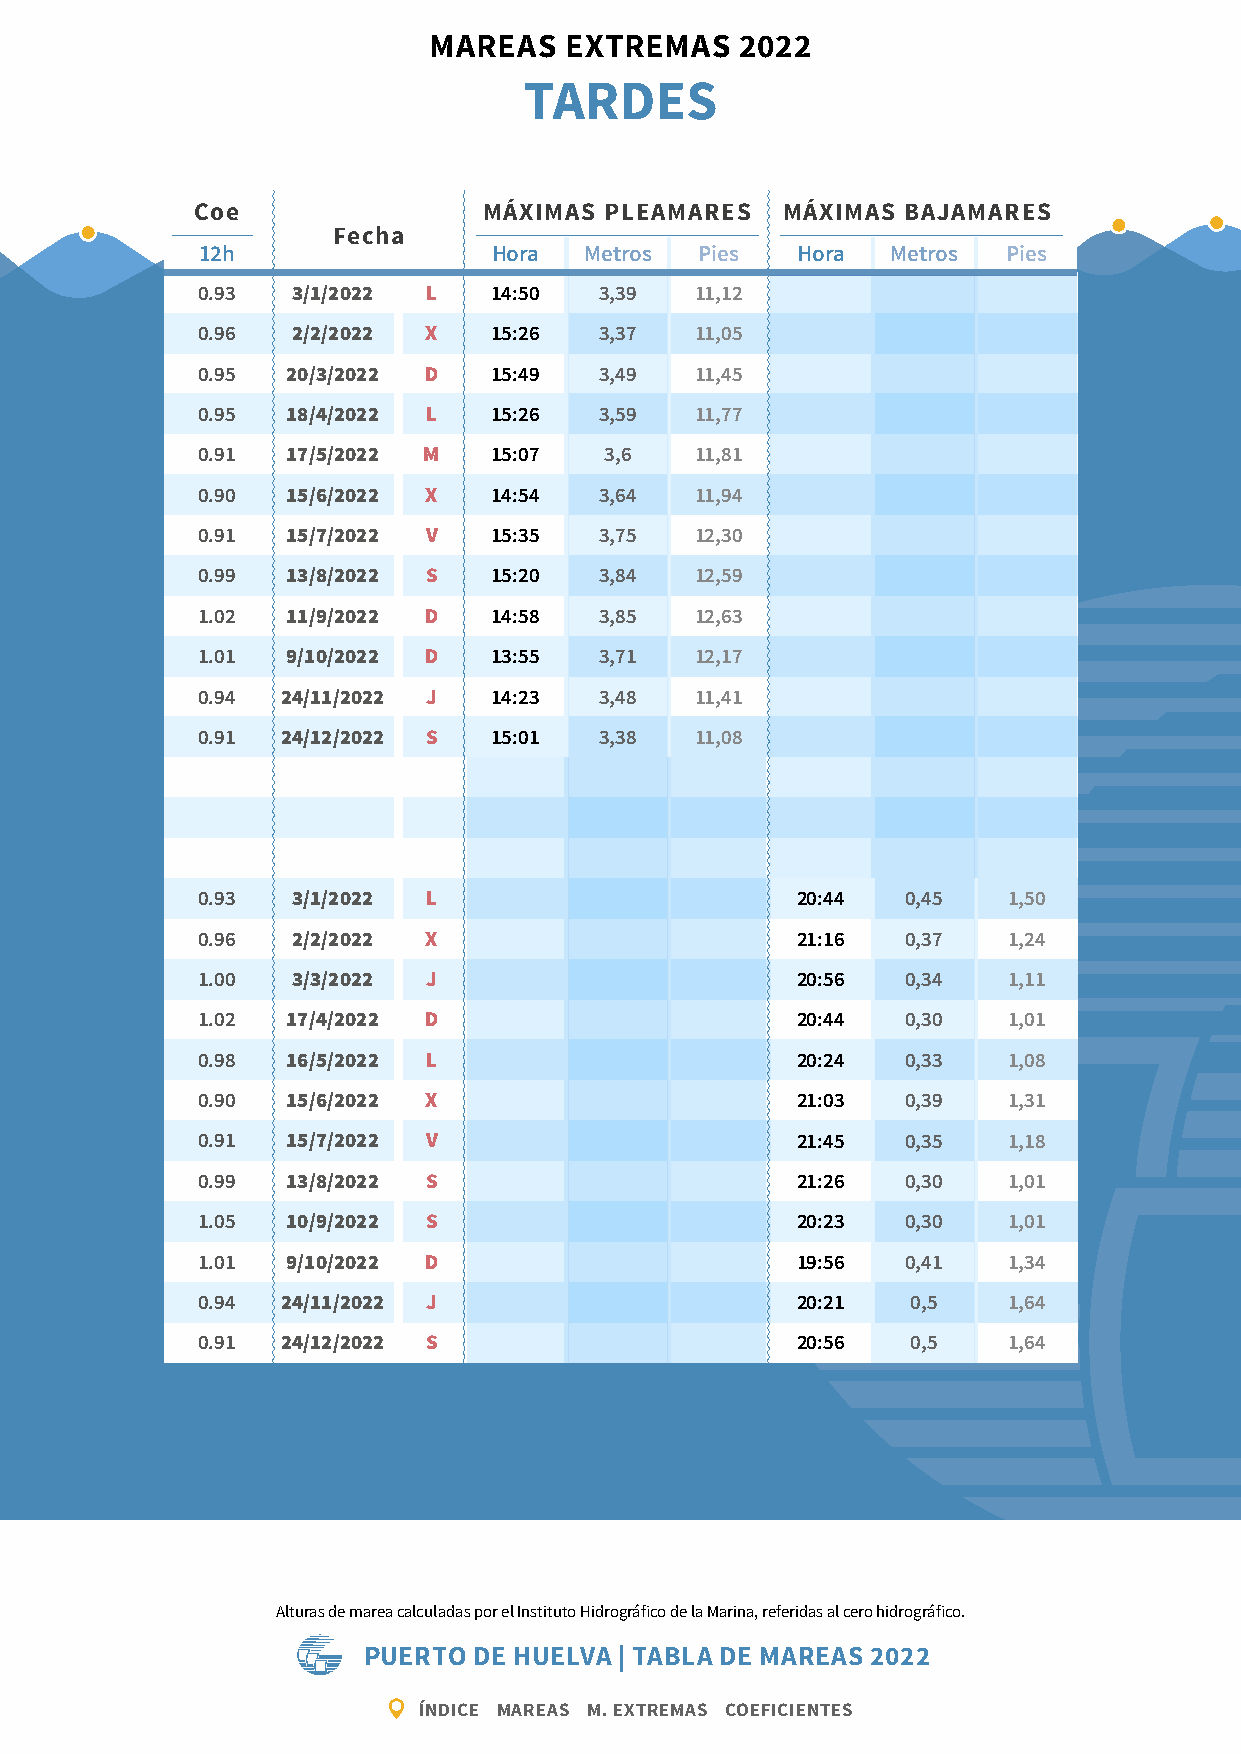
MAREAS   EXTREMAS    2022
 TARDES
 Coe                MÁXIMAS PLEAMARES   MÁXIMAS BAJAMARES
 Fecha
 12h                 Hora  Metros Pies   Hora  Metros  Pies
 0.93  3/1/2022 L    14:50  3,39  11,12
 0.96  2/2/2022 X    15:26  3,37  11,05
 0.95  20/3/2022 D   15:49  3,49  11,45
 0.95  18/4/2022 L   15:26  3,59  11,77
 0.91  17/5/2022 M   15:07  3,6   11,81
 0.90  15/6/2022 X   14:54  3,64  11,94
 0.91  15/7/2022 V   15:35  3,75  12,30
 0.99  13/8/2022 S   15:20  3,84  12,59
 1.02  11/9/2022 D   14:58  3,85  12,63
 1.01  9/10/2022 D   13:55  3,71  12,17
 0.94  24/11/2022 J  14:23  3,48  11,41
 0.91  24/12/2022 S  15:01  3,38  11,08
 0.93  3/1/2022 L                        20:44  0,45   1,50
 0.96  2/2/2022 X                        21:16  0,37   1,24
 1.00  3/3/2022 J                        20:56  0,34   1,11
 1.02  17/4/2022 D                       20:44  0,30   1,01
 0.98  16/5/2022 L                       20:24  0,33   1,08
 0.90  15/6/2022 X                       21:03  0,39   1,31
 0.91  15/7/2022 V                       21:45  0,35   1,18
 0.99  13/8/2022 S                       21:26  0,30   1,01
 1.05  10/9/2022 S                       20:23  0,30   1,01
 1.01  9/10/2022 D                       19:56  0,41   1,34
 0.94  24/11/2022 J                      20:21  0,5    1,64
 0.91  24/12/2022 S                      20:56  0,5    1,64
 Alturas de marea calculadas por el Instituto Hidrográfico de la Marina, referidas al cero hidrográfico.
 PUERTO DE HUELVA | TABLA DE MAREAS 2022
 ÍNDICE MAREAS M. EXTREMAS COEFICIENTES